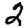
Digit: 2